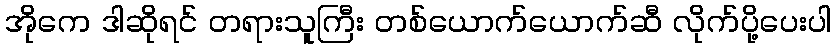
အိုကေ ဒါဆိုရင် တရားသူကြီး တစ်ယောက်ယောက်ဆီ လိုက်ပို့ပေးပါ